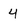
Character: 4